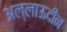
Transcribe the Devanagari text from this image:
अल्लाऊदीन